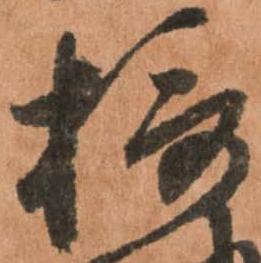
摂